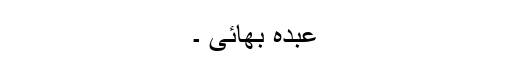
عبدہ بھائی ۔